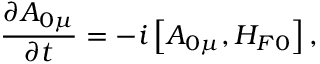
\frac { \partial A _ { 0 \mu } } { \partial t } = - i \left[ A _ { 0 \mu } , H _ { F 0 } \right] ,